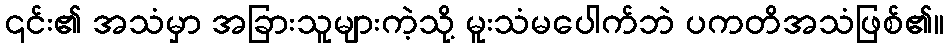
၎င်း၏ အသံမှာ အခြားသူများကဲ့သို့ မူးသံမပေါက်ဘဲ ပကတိအသံဖြစ်၏။